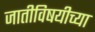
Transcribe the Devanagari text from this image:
जातीविषयीच्या